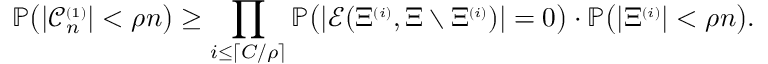
\mathbb { P } \big ( | { \mathcal C } _ { n } ^ { \scriptscriptstyle ( 1 ) } | < \rho n \big ) \ge \prod _ { i \le \lceil C / \rho \rceil } \mathbb { P } \big ( | { \mathcal E } ( \Xi ^ { \scriptscriptstyle ( i ) } , \Xi \setminus \Xi ^ { \scriptscriptstyle ( i ) } ) | = 0 \big ) \cdot \mathbb { P } \big ( | \Xi ^ { \scriptscriptstyle ( i ) } | < \rho n \big ) .